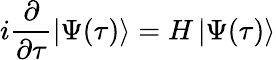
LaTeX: i\frac{\partial}{\partial\tau}\left|\Psi(\tau)\right>=H\left|\Psi(\tau)\right>